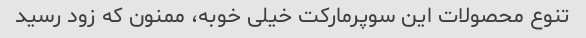
تنوع محصولات این سوپرمارکت خیلی خوبه، ممنون که زود رسید